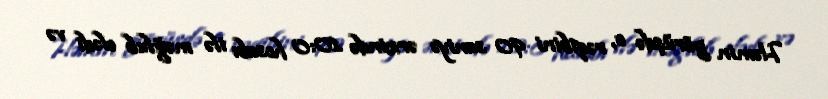
Həmin görüşdə o, rəqibini 90 saniyə ərzində 10:0 hesabı ilə məğlub elədi və